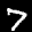
Label: 7